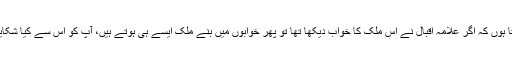
میں کہتا ہوں کہ اگر علامہ اقبال نے اس ملک کا خواب دیکھا تھا تو پھر خوابوں میں بنے ملک ایسے ہی ہوتے ہیں، آپ کو اس سے کیا شکایت ہے۔